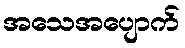
အသေအပျောက်